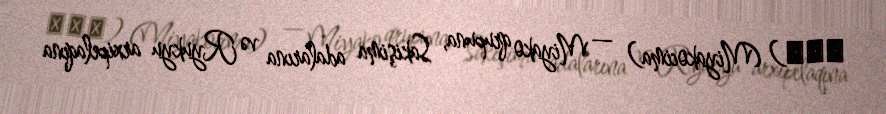
宮古島) (Miyakocima) — Miyako qrupuna, Sakişima adalarına və Ryukyu arxipelaqına